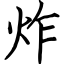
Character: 炸